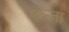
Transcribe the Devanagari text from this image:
लेंञ्ज़ा